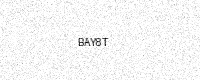
Text: BAY8T